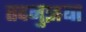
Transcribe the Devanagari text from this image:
तदनुज्ञया